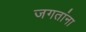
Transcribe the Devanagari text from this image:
जगतांना